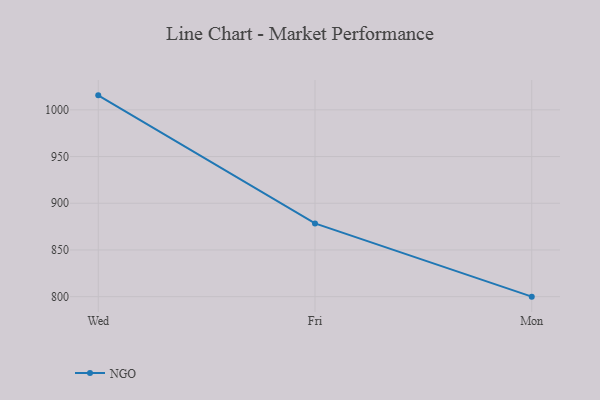
{"axis": {"x": "Day", "y": "Website Visitors"}, "legend": ["NGO"], "data": [{"x": "Wed", "y": 1015.5, "type": "NGO"}, {"x": "Fri", "y": 878.4, "type": "NGO"}, {"x": "Mon", "y": 800, "type": "NGO"}]}